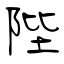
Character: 陛